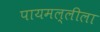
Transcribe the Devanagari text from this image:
पायमल्लीला